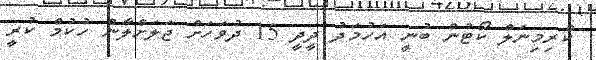
ކްރިމިނަލް ކޯޓުން ބުނީ އަހުމަދު ދީދީ 15 ދުވަހަށް ޖަލަށްލާން ހުކުމް ކުރީ